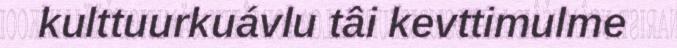
kulttuurkuávlu tâi kevttimulme